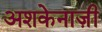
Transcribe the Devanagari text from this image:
अशकेनाज़ी